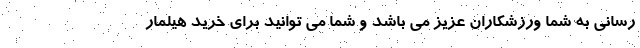
رسانی به شما ورزشکاران عزیز می باشد و شما می توانید برای خرید هیلمار